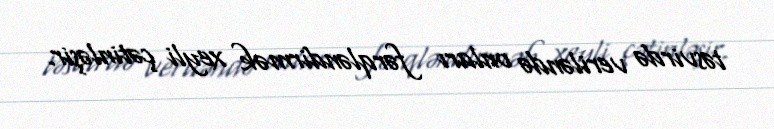
təsvirdə veriləndə onları fərqləndirmək xeyli çətinləşir.